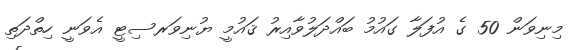
މިނިވަން 50 ގެ އުފަލާ ގައުމު ބައްދަލުވާއިރު ޤައުމީ ޔުނިވަރސިޓީ އެވަނީ ހިތްދަތި